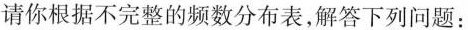
请你根据不完整的频数分布表，解答下列问题：